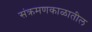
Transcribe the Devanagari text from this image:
संक्रमणकाळातील